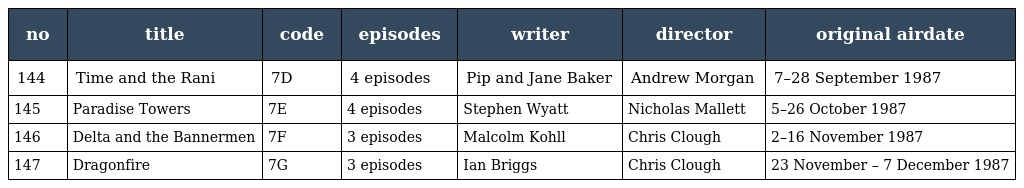
| no | title | code | episodes | writer | director | original airdate |
 | --- | --- | --- | --- | --- | --- | --- |
 | 144 | Time and the Rani | 7D | 4 episodes | Pip and Jane Baker | Andrew Morgan | 7–28 September 1987 |
 | 145 | Paradise Towers | 7E | 4 episodes | Stephen Wyatt | Nicholas Mallett | 5–26 October 1987 |
 | 146 | Delta and the Bannermen | 7F | 3 episodes | Malcolm Kohll | Chris Clough | 2–16 November 1987 |
 | 147 | Dragonfire | 7G | 3 episodes | Ian Briggs | Chris Clough | 23 November – 7 December 1987 |